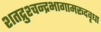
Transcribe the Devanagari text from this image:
शतद्रुश्चन्द्रभागामरूदवृधा